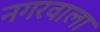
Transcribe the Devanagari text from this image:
नगरवाला